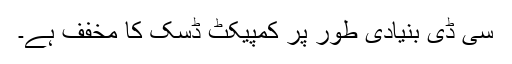
سی ڈی بنیادی طور پر کمپیکٹ ڈسک کا مخفف ہے۔